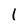
Character: i